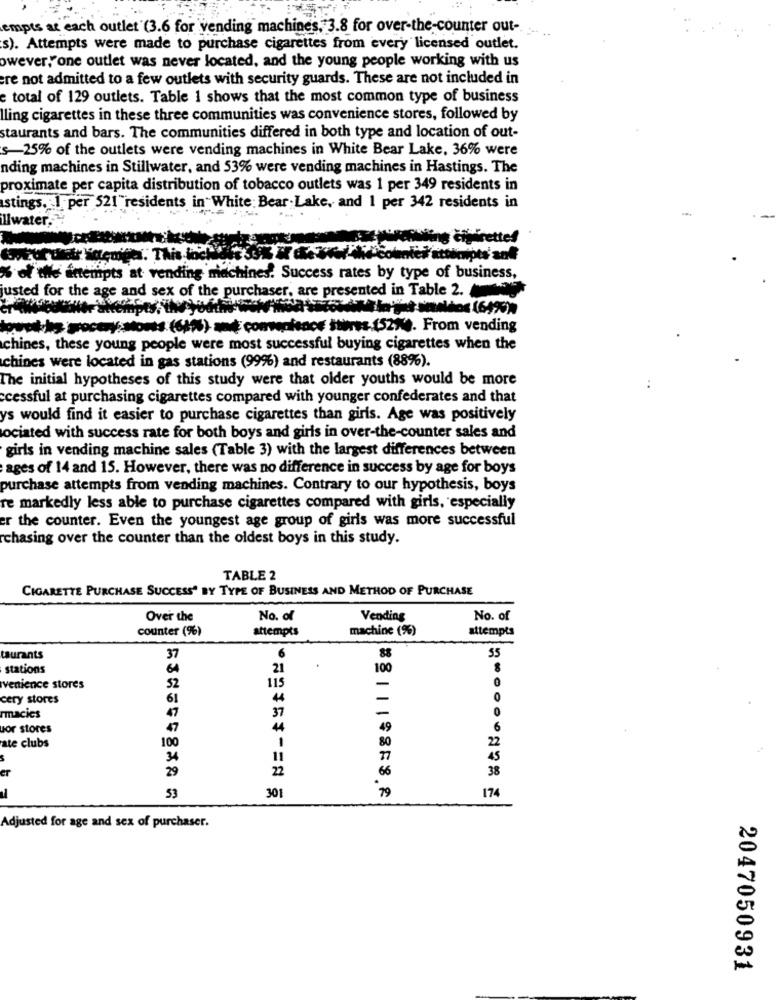
empts at each outlet (3.6 for vending machines. 3.8 for over-the-counter out -.
s). Attempts were made to purchase cigarettes from every licensed outlet.
owever,"one outlet was never located, and the young people working with us
are not admitted to a few outlets with security guards. These are not included in
e total of 129 outlets. Table 1 shows that the most common type of business
lling cigarettes in these three communities was convenience stores, followed by
staurants and bars. The communities differed in both type and location of out-
s-25% of the outlets were vending machines in White Bear Lake, 36% were
nding machines in Stillwater, and 53% were vending machines in Hastings. The
proximate per capita distribution of tobacco outlets was 1 per 349 residents in
stings. 1 per 521"residents in White: Bear Lake, and 1 per 342 residents in
llwater.
ne čijirettes
. This loch
%of the attempts at vending machines? Success rates by type of business,
usted for the age and sex of the purchaser, are presented in Table 2.
and Se jet smaldos (64%))
13 pocty: Monts (689%) and convenience stwrss (52%). From vending
chines, these young people were most successful buying cigarettes when the
chines were located in gas stations (99%) and restaurants (88%).
The initial hypotheses of this study were that older youths would be more
ccessful at purchasing cigarettes compared with younger confederates and that
ys would find it easier to purchase cigarettes than girls. Age was positively
ociated with success rate for both boys and girls in over-the-counter sales and
girls in vending machine sales (Table 3) with the largest differences between
ages of 14 and 15. However, there was no difference in success by age for boys
purchase attempts from vending machines. Contrary to our hypothesis, boys
re markedly less able to purchase cigarettes compared with girls, especially
er the counter. Even the youngest age group of girls was more successful
chasing over the counter than the oldest boys in this study.
TABLE 2
CIGARETTE PURCHASE SUCCESS' BY TYPE OF BUSINESS AND METHOD OF PURCHASE
Over the
No. of
Vending
No. of
counter (%)
attempts
machine (%)
attempts
6
turants
37
88
55
stations
64
21
100
-
venience stores
52
115
cery stores
61
44
-
0
37
-
0
racies
uor stores
47
44
49
6
100
80
22
ate clubs
34
11
77
45
er
29
22
38
66
174
53
301
Adjusted for age and sex of purchaser.
2047050931